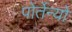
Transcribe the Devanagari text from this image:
पोर्तेन्यो